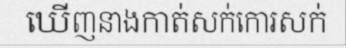
ឃើញនាងកាត់សក់កោរសក់